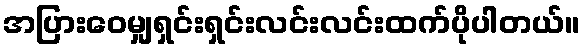
အပြားဝေမျှရှင်းရှင်းလင်းလင်းထက်ပိုပါတယ်။